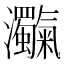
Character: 𤅴